Leaving Certificate Examination, 1923
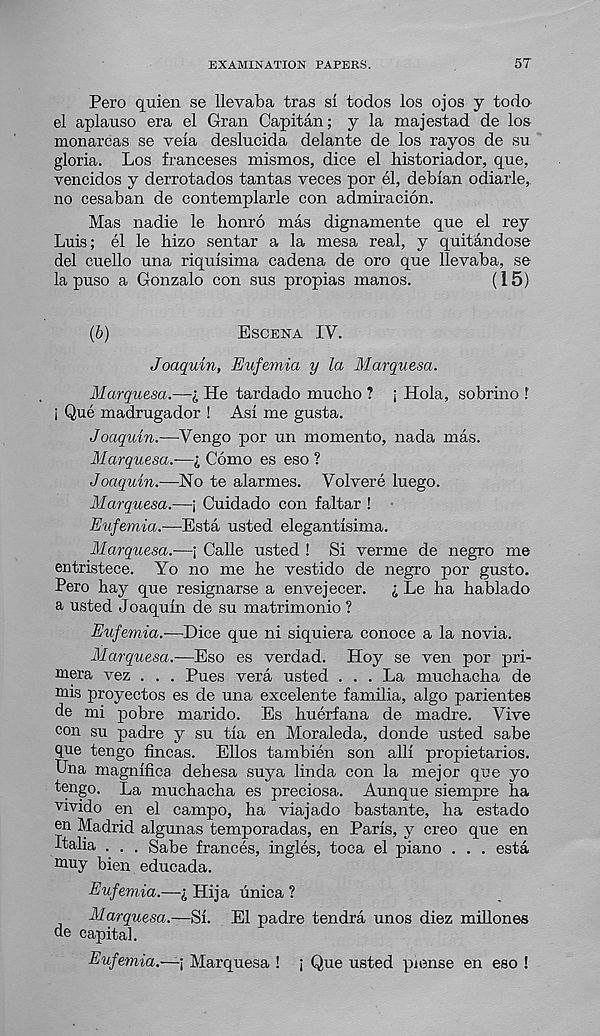
EXAMINATION PAPERS.
57
Pero quien se llevaba tras si todos los ojos y todo
el aplauso era el Gran Capitan; y la majestad de los
monarcas se vela deslucida delante de los rayos de su
gloria. Los franceses mismos, dice el liistoriador, que,
vencidos y derrotados tantas veces por el, debian odiarle,
no cesaban de contemplarle con admiracion.
Mas nadie le honro mas dignamente que el rey
Luis; el le hizo sentar a la mesa real, y quitandose
del cuello una riquisima cadena de oro que llevaba, se
la puso a Gonzalo con sus propias manos.
(15)
(6)
Escena IV.
Joaquin, Eufemia y la Marquesa.
Marquesa.—l He tardado mucho ? ; Hola, sobrino f
i Que madrugador ! Asi me gusta.
Joaquin.—Vengo por un momento, nada mas.
Marquesa.-—I Como es eso ?
Joaquin.—No te alarmes. Volvere luego.
Marquesa.—j Cuidado con faltar !
Eufemia.—Esta usted elegantisima.
Marquesa.—; Calle usted ! Si verme de negro me
entristece. Yo no me he vestido de negro por gusto.
Pero hay que resignarse a envejecer.
i Le ha hablado
a usted Joaquin de su matrimonio ?
Eufemia.—Dice que ni siquiera conoce a la novia.
Marquesa.—Eso es verdad. Hoy se ven por pri-
mera vez . . . Pues vera usted ... La muchacha de
mis proyectos es de una excelente familia, algo parientes
de mi pobre marido. Es huerfana de madre. Vive
con su padre y su tia en Moraleda, donde usted sabe
que tengo fincas. Elios tambien son alii propietarios.
Una magnifica dehesa suya linda con la mejor que yo
tengo. La muchacha es preciosa. Aunque siempre ha
vivido en el campo, ha viajado bastante, ha estado
en Madrid algunas temporadas, en Paris, y creo que en
Italia . . . Sabe trances, ingles, toca el piano . . . esta
muy bien educada.
Eufemia.—q Hija unica ?
Marquesa.—Si. El padre tendra unos diez millones
de capital.
Eufemia.—; Marquesa ! ; Que usted piense en eso !